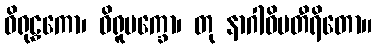
ဝိရုဠှကော၊ ဝိရူပက္ခော၊ တု နာဂါဓိပတီရိတော။